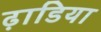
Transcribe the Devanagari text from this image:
ढ़ाडिया